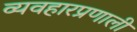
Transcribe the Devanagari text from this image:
व्यवहारप्रणाली